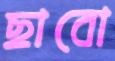
ছাবো